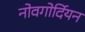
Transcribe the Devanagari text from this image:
नोवगोर्दियन